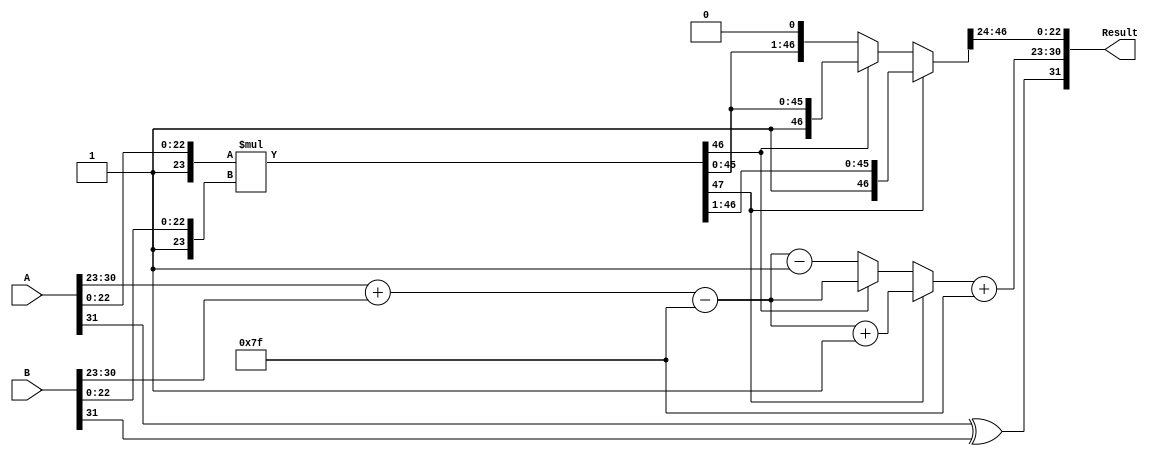
module radix4_fp_multiplier (
    input [31:0] A, // First floating-point input
    input [31:0] B, // Second floating-point input
    output reg [31:0] Result // Resulting floating-point output
);

    // Extract components from inputs
    wire A_sign = A[31];
    wire [7:0] A_exponent = A[30:23];
    wire [23:0] A_mantissa = {1'b1, A[22:0]}; // Implicit leading 1 for normalized numbers

    wire B_sign = B[31];
    wire [7:0] B_exponent = B[30:23];
    wire [23:0] B_mantissa = {1'b1, B[22:0]}; // Implicit leading 1 for normalized numbers

    // Result placeholders
    reg Result_sign;
    reg [7:0] Result_exponent;
    reg [47:0] Result_mantissa; // 48 bits to accommodate multiplication

    // Bias for single-precision
    parameter BIAS = 8'd127;

    always @(*) begin
        // 1. Sign Calculation
        Result_sign = A_sign ^ B_sign;

        // 2. Exponent Calculation
        Result_exponent = A_exponent + B_exponent - BIAS;

        // 3. Mantissa Calculation using Radix-4 Booth
        // Example for Radix-4 Booth multiplication
        // Note: This implementation is a simplified version of Radix-4 Booth. 
        // Actual implementation requires handling groups of bits and partial products.
        
        // Multiplication
        Result_mantissa = A_mantissa * B_mantissa;

        // 4. Normalization
        // Check for overflow and adjust exponent accordingly
        if (Result_mantissa[47]) begin
            // Overflow: Right shift and increment exponent
            Result_mantissa = Result_mantissa >> 1;
            Result_exponent = Result_exponent + 1;
        end else if (!Result_mantissa[46]) begin
            // Underflow: Left shift and decrement exponent
            Result_mantissa = Result_mantissa << 1;
            Result_exponent = Result_exponent - 1;
        end

        // 5. Rounding (simple truncation for demonstration)
        // More complex rounding can be added here.

        // 6. Final Output Representation
        Result = {Result_sign, Result_exponent + BIAS, Result_mantissa[46:24]}; // Truncate mantissa to 23 bits
    end

endmodule